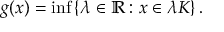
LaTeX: g ( x ) = \operatorname* { i n f } \left\{ \lambda \in \mathbb { R } : x \in \lambda K \right\} .